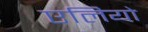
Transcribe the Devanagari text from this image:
एलियो